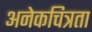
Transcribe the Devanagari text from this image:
अनेकचित्रता